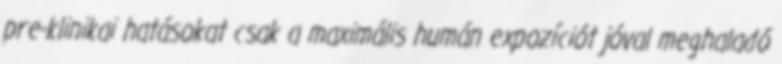
pre-klinikai hatásokat csak a maximális humán expozíciót jóval meghaladó